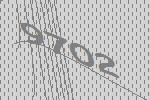
9702